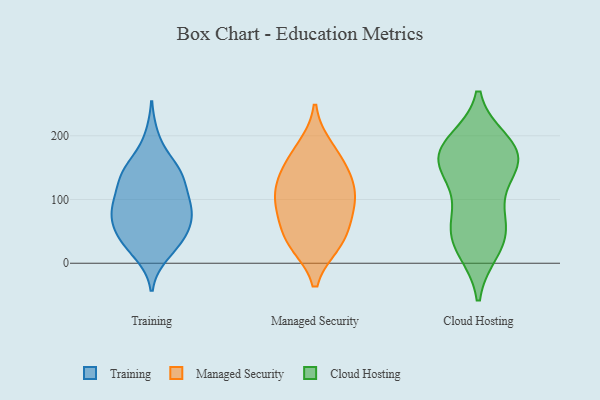
{"axis": {"x": "Gross Profit (USD K)", "y": "Value"}, "legend": ["Cloud Hosting", "Managed Security", "Training"], "data": [{"x": "", "y": 109, "type": "Training"}, {"x": "", "y": 90, "type": "Training"}, {"x": "", "y": 141, "type": "Training"}, {"x": "", "y": 143, "type": "Training"}, {"x": "", "y": 54, "type": "Training"}, {"x": "", "y": 25, "type": "Training"}, {"x": "", "y": 81, "type": "Training"}, {"x": "", "y": 53, "type": "Training"}, {"x": "", "y": 145, "type": "Training"}, {"x": "", "y": 67, "type": "Training"}, {"x": "", "y": 34, "type": "Training"}, {"x": "", "y": 42, "type": "Training"}, {"x": "", "y": 88, "type": "Training"}, {"x": "", "y": 137, "type": "Training"}, {"x": "", "y": 15, "type": "Training"}, {"x": "", "y": 196, "type": "Training"}, {"x": "", "y": 99, "type": "Training"}, {"x": "", "y": 147, "type": "Training"}, {"x": "", "y": 82, "type": "Training"}, {"x": "", "y": 31, "type": "Managed Security"}, {"x": "", "y": 76, "type": "Managed Security"}, {"x": "", "y": 126, "type": "Managed Security"}, {"x": "", "y": 163, "type": "Managed Security"}, {"x": "", "y": 42, "type": "Managed Security"}, {"x": "", "y": 93, "type": "Managed Security"}, {"x": "", "y": 32, "type": "Managed Security"}, {"x": "", "y": 93, "type": "Managed Security"}, {"x": "", "y": 115, "type": "Managed Security"}, {"x": "", "y": 181, "type": "Managed Security"}, {"x": "", "y": 141, "type": "Managed Security"}, {"x": "", "y": 147, "type": "Cloud Hosting"}, {"x": "", "y": 64, "type": "Cloud Hosting"}, {"x": "", "y": 184, "type": "Cloud Hosting"}, {"x": "", "y": 164, "type": "Cloud Hosting"}, {"x": "", "y": 52, "type": "Cloud Hosting"}, {"x": "", "y": 59, "type": "Cloud Hosting"}, {"x": "", "y": 161, "type": "Cloud Hosting"}, {"x": "", "y": 170, "type": "Cloud Hosting"}, {"x": "", "y": 189, "type": "Cloud Hosting"}, {"x": "", "y": 114, "type": "Cloud Hosting"}, {"x": "", "y": 22, "type": "Cloud Hosting"}, {"x": "", "y": 25, "type": "Cloud Hosting"}, {"x": "", "y": 169, "type": "Cloud Hosting"}]}